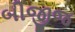
બીજીજ